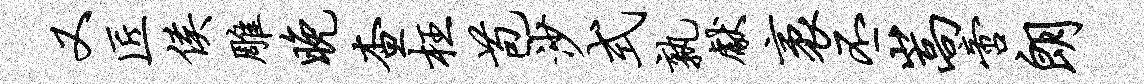
又匠侯雕晚查枉苞沙式孰献袤丕嵩啻朗